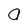
Character: a